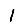
Digit: 1